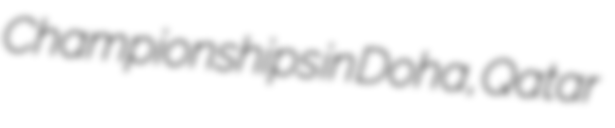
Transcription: Championships in Doha, Qatar